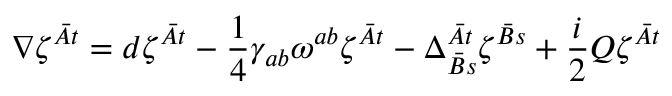
\nabla \zeta ^ { \bar { A } t } = d \zeta ^ { \bar { A } t } - { \frac { 1 } { 4 } } \gamma _ { a b } \omega ^ { a b } \zeta ^ { \bar { A } t } - \Delta _ { \bar { B } s } ^ { \bar { A } t } \zeta ^ { \bar { B } s } + { \frac { i } { 2 } } { \cal Q } \zeta ^ { \bar { A } t }